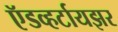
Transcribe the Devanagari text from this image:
ऍडव्हर्टायझर